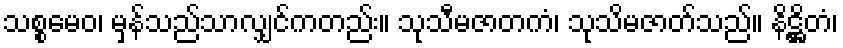
သစ္စမေဝ၊ မှန်သည်သာလျှင်ကတည်း။ သုသီမဇာတကံ၊ သုသိမဇာတ်သည်။ နိဋ္ဌိတံ၊